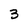
Character: 3